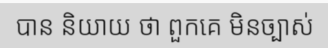
បាន និយាយ ថា ពួកគេ មិនច្បាស់